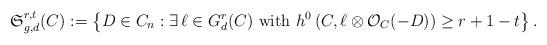
LaTeX: \begin{align*}\mathfrak{S}^{r,t}_{g,d} (C) := \left\{ D\in C_n : \exists \, \ell \in G^r_{d}(C) \,\,\mbox{with}\,\, h^0\left( C, \ell\otimes \mathcal{O}_C (-D) \right) \geq r+1-t \right\}. \end{align*}